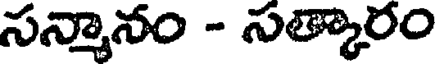
సన్మానం - సత్కారం